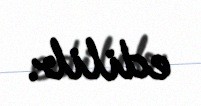
edilib.